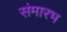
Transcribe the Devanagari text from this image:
संमारभ